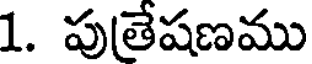
1. పుతేషణము